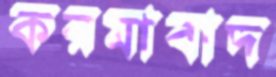
করমাবাদ